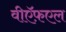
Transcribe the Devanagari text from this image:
वीऍफ़एल